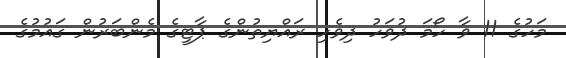
މަހުގެ 11 ވާ ހޯމަ ދުވަހު ދިވެހި ރައްޔިތުންގެ ޕާޓީގެ މެންބަރުން ގައުމުގެ